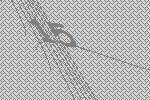
15